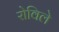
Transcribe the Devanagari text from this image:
रोविले